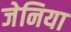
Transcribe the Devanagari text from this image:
जेनिया